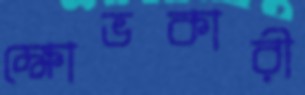
ক্ষোভকারী